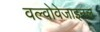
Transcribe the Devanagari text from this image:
वल्वोवेजाइनल